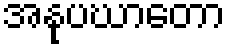
အနုပဃာတော